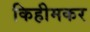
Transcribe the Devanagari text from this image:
किहीमकर